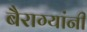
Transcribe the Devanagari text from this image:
बैराग्यांनी